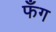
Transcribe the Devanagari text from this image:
फँग